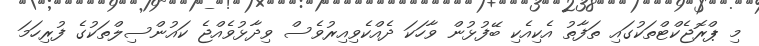
މި ޕްރޮޖެކްޓްތަކުގައި ތަފާތު އެކިއެކި ބޭފުޅުން ވާހަކަ ދެއްކެވިއިރުވެސް ވިދާޅުވެއްޖެ ކައުންސިލްތަކުގެ ފުރިހަމަ